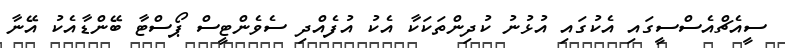
ސީއެޗްއެސްސީގައި އެކުގައި އުޅުނު ކުދިންތަކަކާ އެކު އުފެއްދި ސެވެންޓީސް ޕޯސްޓާ ބޭންޑާއެކު އޭނާ